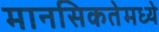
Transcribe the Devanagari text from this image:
मानसिकतेमध्ये